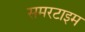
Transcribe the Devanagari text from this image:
समरटाइम